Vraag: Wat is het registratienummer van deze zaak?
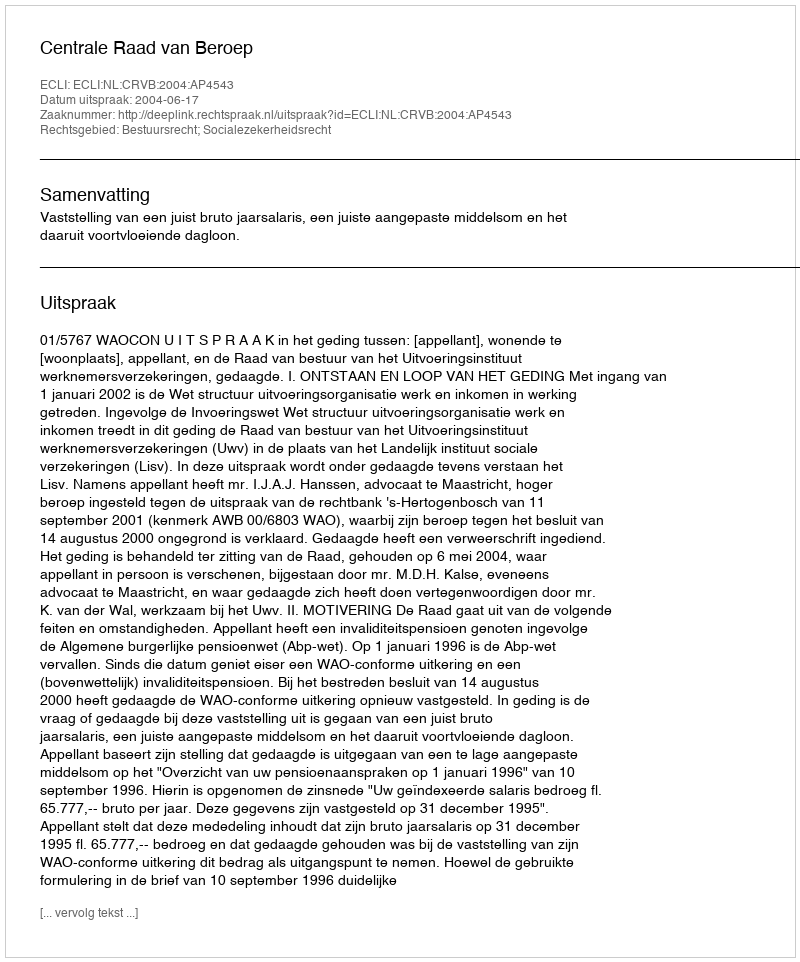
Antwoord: http://deeplink.rechtspraak.nl/uitspraak?id=ECLI:NL:CRVB:2004:AP4543